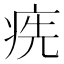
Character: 㾌